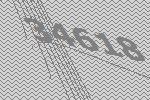
34618